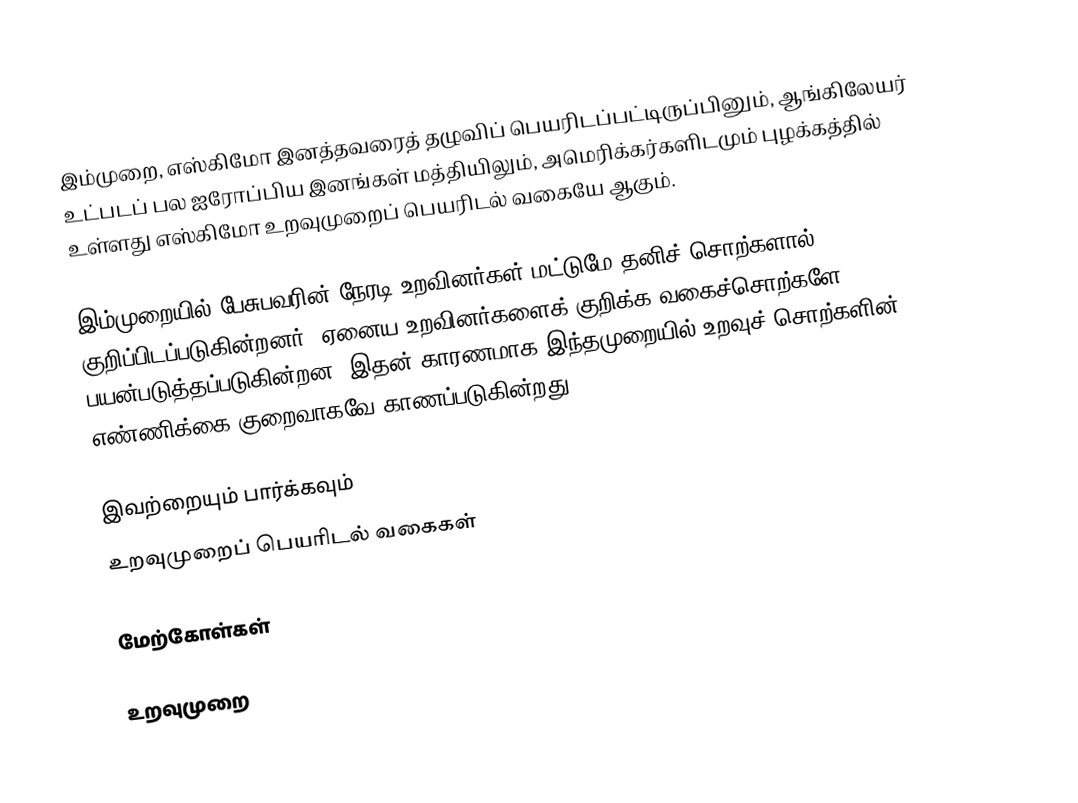
இம்முறை, எஸ்கிமோ இனத்தவரைத் தழுவிப் பெயரிடப்பட்டிருப்பினும், ஆங்கிலேயர் உட்படப் பல ஐரோப்பிய இனங்கள் மத்தியிலும், அமெரிக்கர்களிடமும் புழக்கத்தில் உள்ளது எஸ்கிமோ உறவுமுறைப் பெயரிடல் வகையே ஆகும்.

இம்முறையில் பேசுபவரின் நேரடி உறவினர்கள் மட்டுமே தனிச் சொற்களால் குறிப்பிடப்படுகின்றனர். ஏனைய உறவினர்களைக் குறிக்க வகைச்சொற்களே பயன்படுத்தப்படுகின்றன. இதன் காரணமாக இந்தமுறையில் உறவுச் சொற்களின் எண்ணிக்கை குறைவாகவே காணப்படுகின்றது.

இவற்றையும் பார்க்கவும்
 உறவுமுறைப் பெயரிடல் வகைகள்

மேற்கோள்கள்

உறவுமுறை